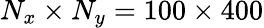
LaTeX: N_{x}\times N_{y}=100\times 400